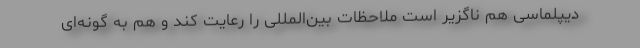
دیپلماسی هم ناگزیر است ملاحظات بین‌المللی را رعایت کند و هم به گونه‌ای